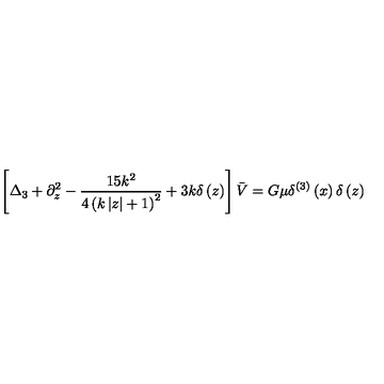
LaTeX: \left[ \Delta _ { 3 } + \partial _ { z } ^ { 2 } - \frac { 1 5 k ^ { 2 } } { 4 \left( k \left| z \right| + 1 \right) ^ { 2 } } + 3 k \delta \left( z \right) \right] \bar { V } = G \mu \delta ^ { ( 3 ) } \left( x \right) \delta \left( z \right)